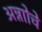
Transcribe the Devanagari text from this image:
अन्नाोचे